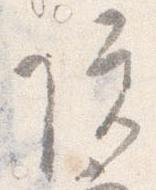
院